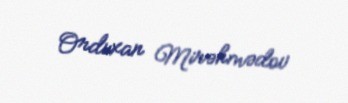
Orduxan Mirəhmədov